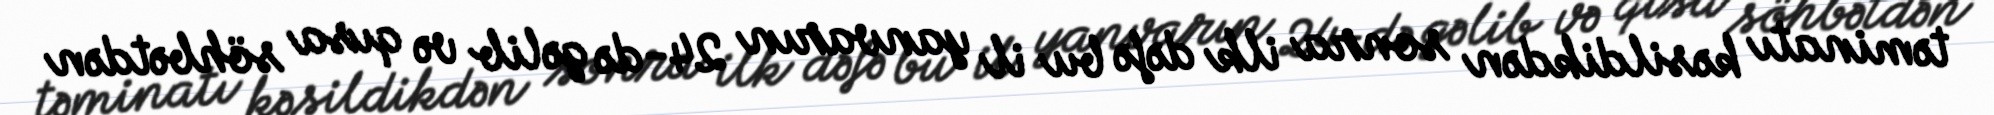
təminatı kəsildikdən sonra ilk dəfə bu il yanvarın 24-də gəlib və qısa söhbətdən